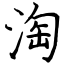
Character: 淘